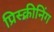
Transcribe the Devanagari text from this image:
प्रिस्क्रीनिंग